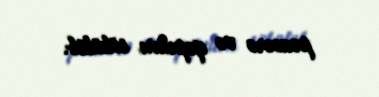
pəncərə və qapıları sökülüb.